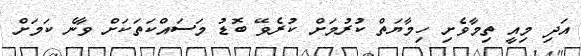
އަދި މިއީ ތިމާވެށި ހިމާޔަތް ކުރުމަށް ކުރެވޭ ބޮޑު މަސައްކަތަކަށް ވާނެ ކަމަށް